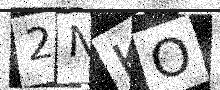
Text: 2NKO